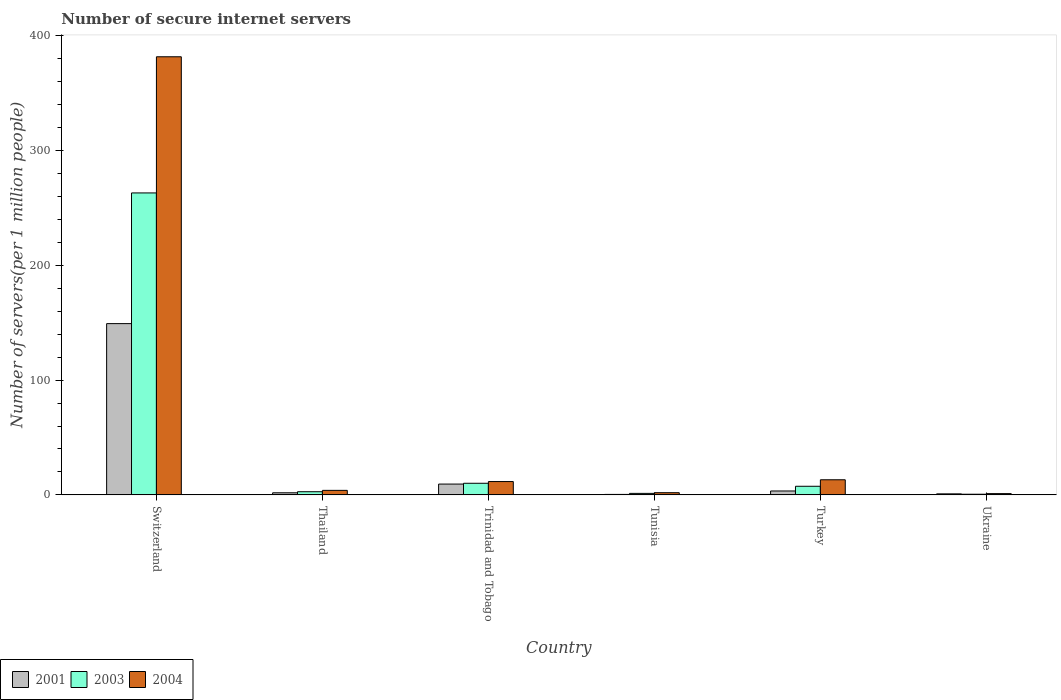
| Country | 2001 | 2003 | 2004 |
 | --- | --- | --- | --- |
 | Switzerland | 149 | 263 | 382 |
 | Thailand | 1.83 | 2.76 | 3.94 |
 | Trinidad and Tobago | 9.43 | 10.1 | 11.6 |
 | Tunisia | 0.414 | 1.32 | 1.91 |
 | Turkey | 3.41 | 7.51 | 13.2 |
 | Ukraine | 0.904 | 0.586 | 1.12 |